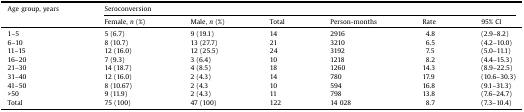
<table><thead><tr><td><b>Age group, years</b></td><td colspan="6"><b>Seroconversion</b></td></tr><tr><td></td><td><b>Female, <i>n</i> (%)</b></td><td><b>Male, <i>n</i> (%)</b></td><td><b>Total</b></td><td><b>Person-months</b></td><td><b>Rate</b></td><td><b>95% CI</b></td></tr></thead><tbody><tr><td>1–5</td><td>5 (6.7)</td><td>9 (19.1)</td><td>14</td><td>2916</td><td>4.8</td><td>(2.9–8.2)</td></tr><tr><td>6–10</td><td>8 (10.7)</td><td>13 (27.7)</td><td>21</td><td>3210</td><td>6.5</td><td>(4.2–10.0)</td></tr><tr><td>11–15</td><td>12 (16.0)</td><td>12 (25.5)</td><td>24</td><td>3192</td><td>7.5</td><td>(5.0–11.1)</td></tr><tr><td>16–20</td><td>7 (9.3)</td><td>3 (6.4)</td><td>10</td><td>1218</td><td>8.2</td><td>(4.4–15.3)</td></tr><tr><td>21–30</td><td>14 (18.7)</td><td>4 (8.5)</td><td>18</td><td>1260</td><td>14.3</td><td>(8.9–22.5)</td></tr><tr><td>31–40</td><td>12 (16.0)</td><td>2 (4.3)</td><td>14</td><td>780</td><td>17.9</td><td>(10.6–30.3)</td></tr><tr><td>41–50</td><td>8 (10.67)</td><td>2 (4.3</td><td>10</td><td>594</td><td>16.8</td><td>(9.1–31.3)</td></tr><tr><td>&gt;50</td><td>9 (11.9)</td><td>2 (4.3)</td><td>11</td><td>798</td><td>13.8</td><td>(7.6–24.7)</td></tr><tr><td>Total</td><td>75 (100)</td><td>47 (100)</td><td>122</td><td>14 028</td><td>8.7</td><td>(7.3–10.4)</td></tr></tbody></table>